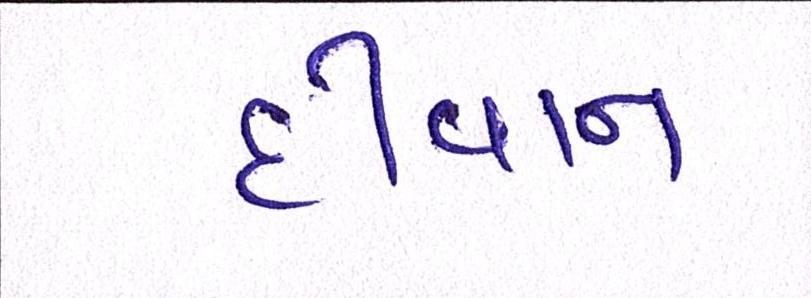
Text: દીવાન